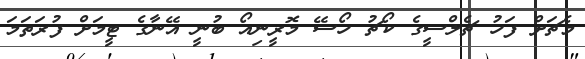
މެޗަށް ފަހު ޗެލްސީގެ ކޯޗު ހޯސޭ މޮރީނިއޯ ބުނީ އޭނާގެ ޓީމަށް ފުރަތަމަ